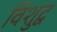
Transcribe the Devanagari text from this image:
विशुद्व